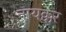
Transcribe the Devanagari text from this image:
नायक्कर